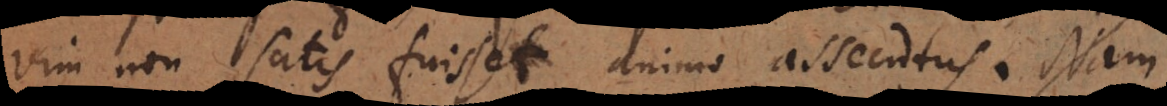
vim non satis fuisset animo assecutus. Nam